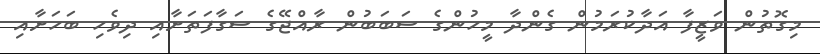
މިގޮތުން ވަޒީފާ އަދާކުރަމުން ގެންދާ މީހުންގެ ސަބަބުން ރާއްޖޭގެ ސަގާފަތަށާއި ދިވެހި ބަހަށާއި